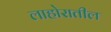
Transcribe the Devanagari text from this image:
लाहोरातील